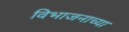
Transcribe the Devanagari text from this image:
विभाजनाच्या